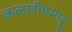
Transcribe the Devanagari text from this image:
कलारीपयाट्टू